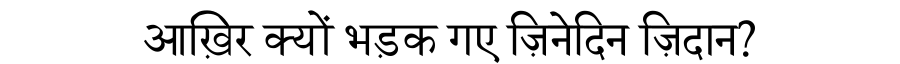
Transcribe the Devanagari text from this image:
आख़िर क्यों भड़क गए ज़िनेदिन ज़िदान?